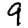
Digit: 9